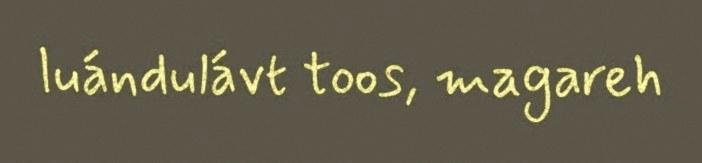
luándulávt toos, magareh